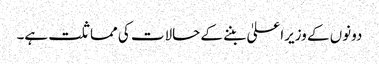
دونوں کے وزیراعلیٰ بننے کے حالات کی مماثلت ہے۔